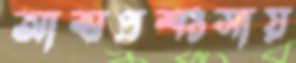
আত্মপ্রশংসায়